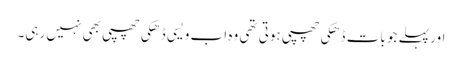
اور پہلے جو بات ڈھکی چھپی ہوتی تھی وہ اب ویسی ڈھکی چھپی بھی نہیں رہی۔